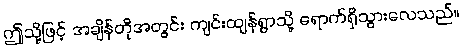
ဤသို့ဖြင့် အချိန်တိုအတွင်း ကျင်းထျန်ရွာသို့ ရောက်ရှိသွားလေသည်။